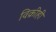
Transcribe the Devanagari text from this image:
विक्रीही